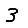
Digit: 3